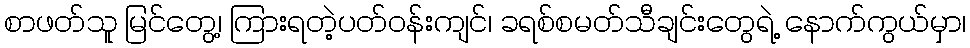
စာဖတ်သူ မြင်တွေ့၊ ကြားရတဲ့ပတ်၀န်းကျင်၊ ခရစ်စမတ်သီချင်းတွေရဲ့ နောက်ကွယ်မှာ၊